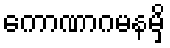
ကောဏာဂမနမှိ